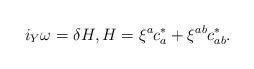
LaTeX: \begin{gather*}i_Y\omega=\delta H ,H=\xi ^a c^\ast_a +\xi^{ab}c_{ab}^\ast .\end{gather*}